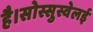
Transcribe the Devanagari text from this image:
है।सोस्सुस्वेलई